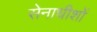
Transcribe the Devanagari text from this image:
सेनाधीशों